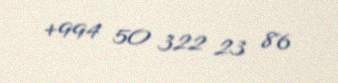
+994 50 322 23 86